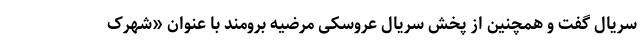
سریال گفت و همچنین از پخش سریال عروسکی مرضیه برومند با عنوان «شهرک